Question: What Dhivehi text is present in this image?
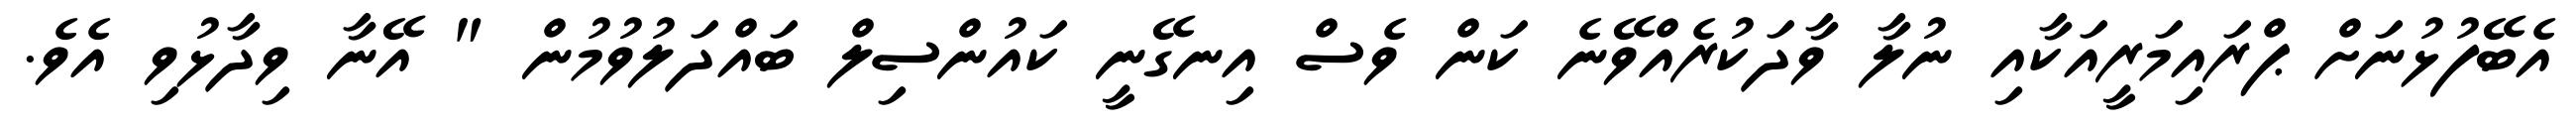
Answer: އެބޭފުޅުނަށް ޕްރައިމަރީއަކާއި ނުލާ ވާދަކުރެއްވޭނެ ކަން ވެސް އިނގޭނީ ކައުންސިލް ބައްދަލުވުމުން " އޭނާ ވިދާޅުވި އެވެ.